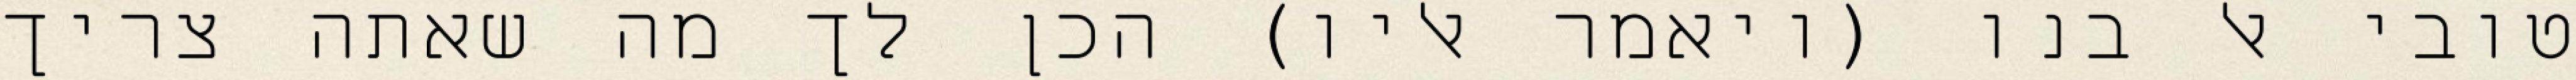
טובי אל בנו (ויאמר אליו) הכן לך מה שאתה צריך